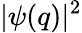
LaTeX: |\psi(q)|^{2}